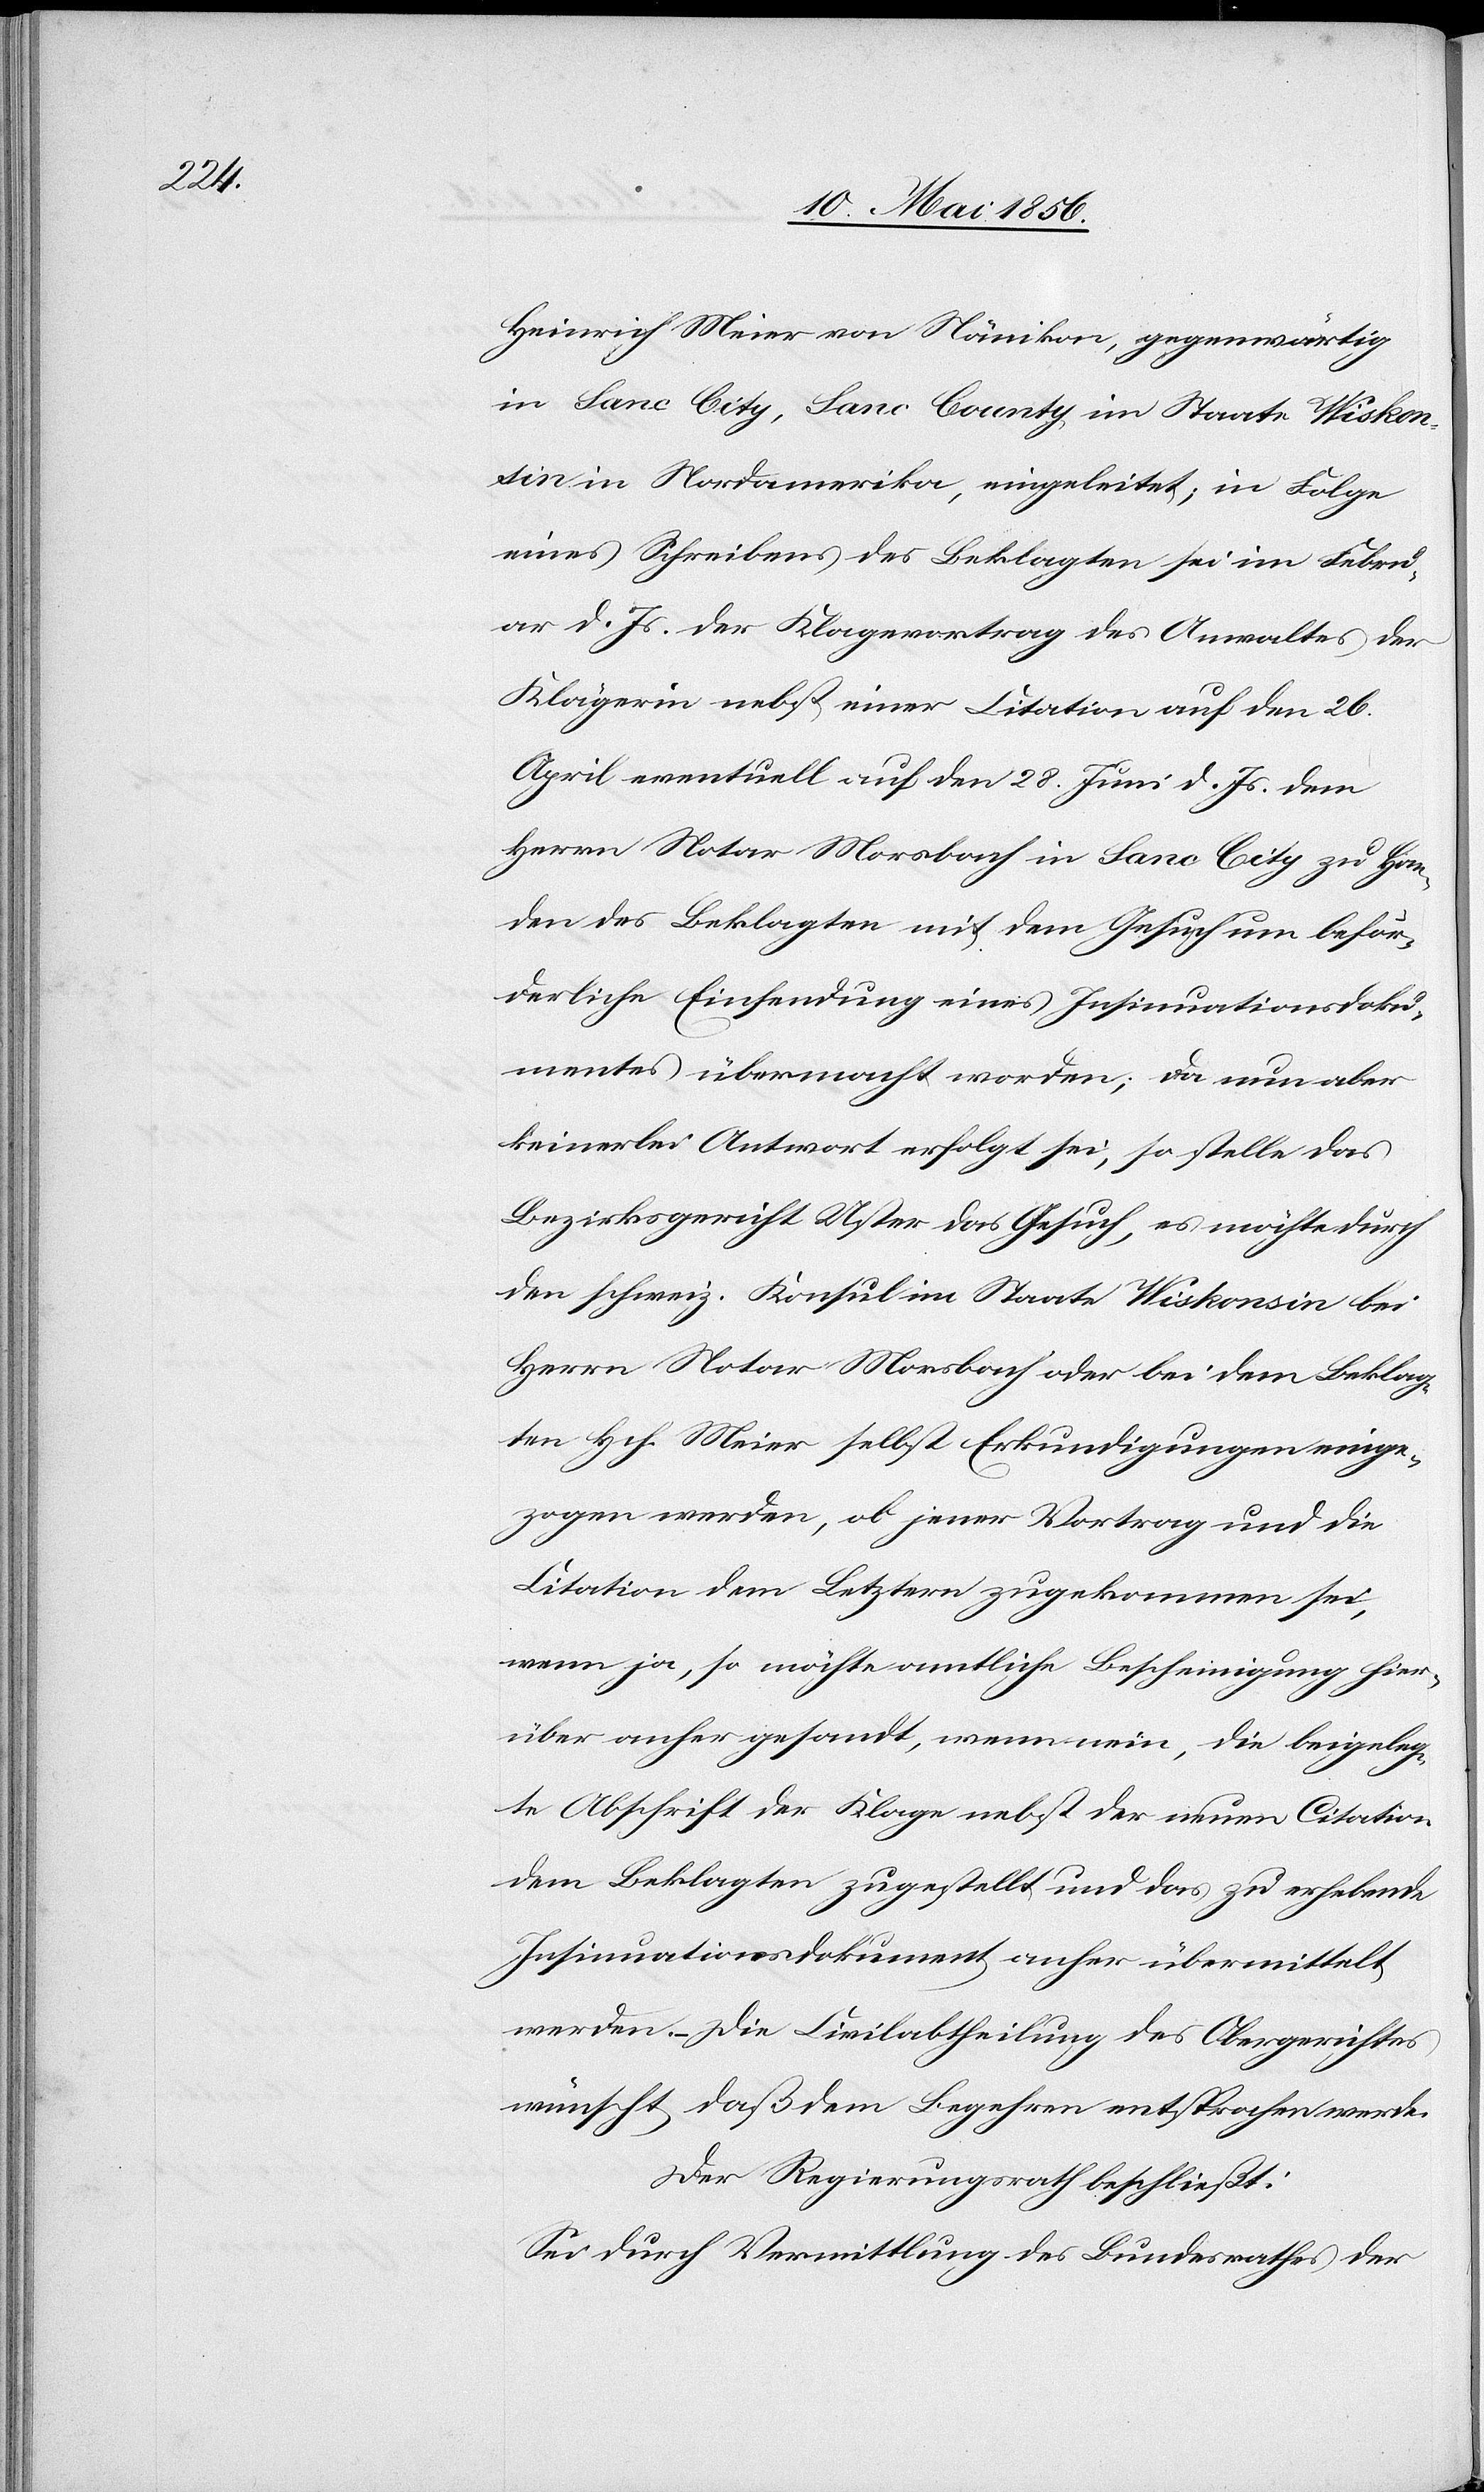
Heinrich Meier von Nänikon, gegenwärtig
in Sanc City, Sanc County, im Staate Wiskon¬
sin in Nordamerika, eingeleitet; in Folge
eines Schreibens des Beklagten sei im Febru¬
ar d. Js. der Klagevortrag des Anwaltes der
Klägerin nebst einer Citation auf den 26.
April eventuell auf den 28. Juni d. Js. dem
Herrn Notar Morsbach in Sanc City zu Han¬
den des Beklagten mit dem Gesuch um beför¬
derliche Einsendung eines Insinuationsdoku¬
mentes übermacht worden; da nun aber
keinerlei Antwort erfolgt sei, so stelle das
Bezirksgericht Uster das Gesuch, es möchte durch
den schweiz. Konsul im Staate Wiskonsin bei
Herrn Notar Morsbach oder bei dem Beklag¬
ten Hch. Meier selbst Erkundigungen einge¬
zogen werden, ob jener Vortrag und die
Citation dem Letztern zugekommen sei,
wenn ja, so möchte amtliche Bescheinigung hier¬
über anher gesandt, wenn nein, die beigeleg¬
te Abschrift der Klage nebst der neuen Citation
dem Beklagten zugestellt und das zu erhebende
Insinuationsdokument anher übermittelt
werden. – Die Civilabtheilung des Obergerichtes
wünscht, daß dem Begehren entsprochen werde.
Der Regierungsrath beschließt:
Sei durch Vermittlung des Bundesrathes der